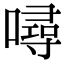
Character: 噚